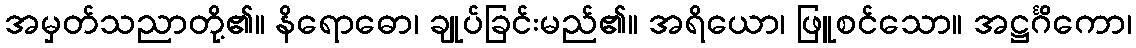
အမှတ်သညာတို့၏။ နိရောဓော၊ ချုပ်ခြင်းမည်၏။ အရိယော၊ ဖြူစင်သော။ အဋ္ဌင်္ဂိကော၊